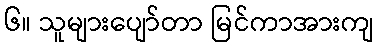
၆။ သူများပျော်တာ မြင်ကာအားကျ